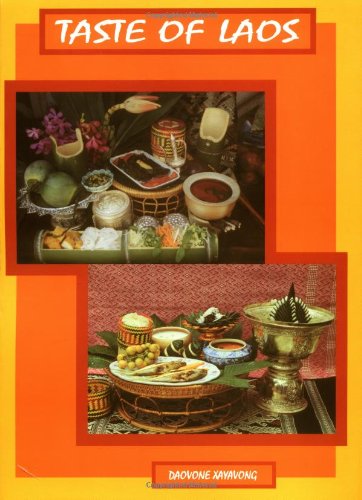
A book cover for Taste of Laos: Lao/Thai Recipes from Dara Restaurant; Daovone Xayavong; Cookbooks, Food & Wine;